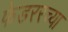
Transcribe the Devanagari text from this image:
फेडररच्या